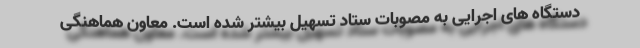
دستگاه های اجرایی به مصوبات ستاد تسهیل بیشتر شده است. معاون هماهنگی